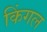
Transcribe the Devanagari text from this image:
किंगल